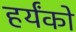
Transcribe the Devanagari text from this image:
हर्यंको